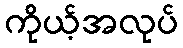
ကိုယ့်အလုပ်